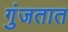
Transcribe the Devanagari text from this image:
गुंजतात